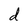
Character: d